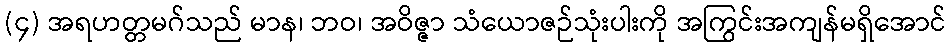
(၄) အရဟတ္တမဂ်သည် မာန၊ ဘဝ၊ အဝိဇ္ဇာ သံယောဇဉ်သုံးပါးကို အကြွင်းအကျန်မရှိအောင်